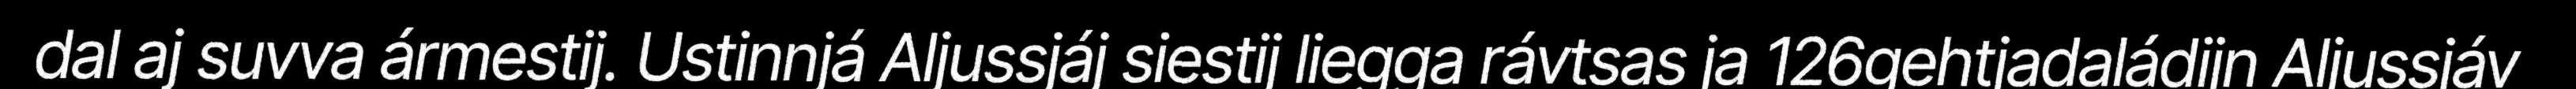
dal aj suvva ármestij. Ustinnjá Aljussjáj siestij liegga rávtsas ja 126gehtjadaládijn Aljussjáv